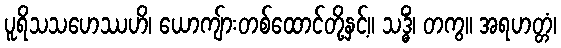
ပူရိသသဟေဿဟိ၊ ယောကျ်ားတစ်ထောင်တို့နှင့်။ သဒ္ဓိံ၊ တကွ။ အရဟတ္တံ၊